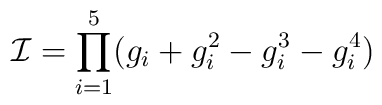
{\cal I}=\prod_{i=1}^5 (g_i + g_i^2 -g_i^3 -g_i^4)